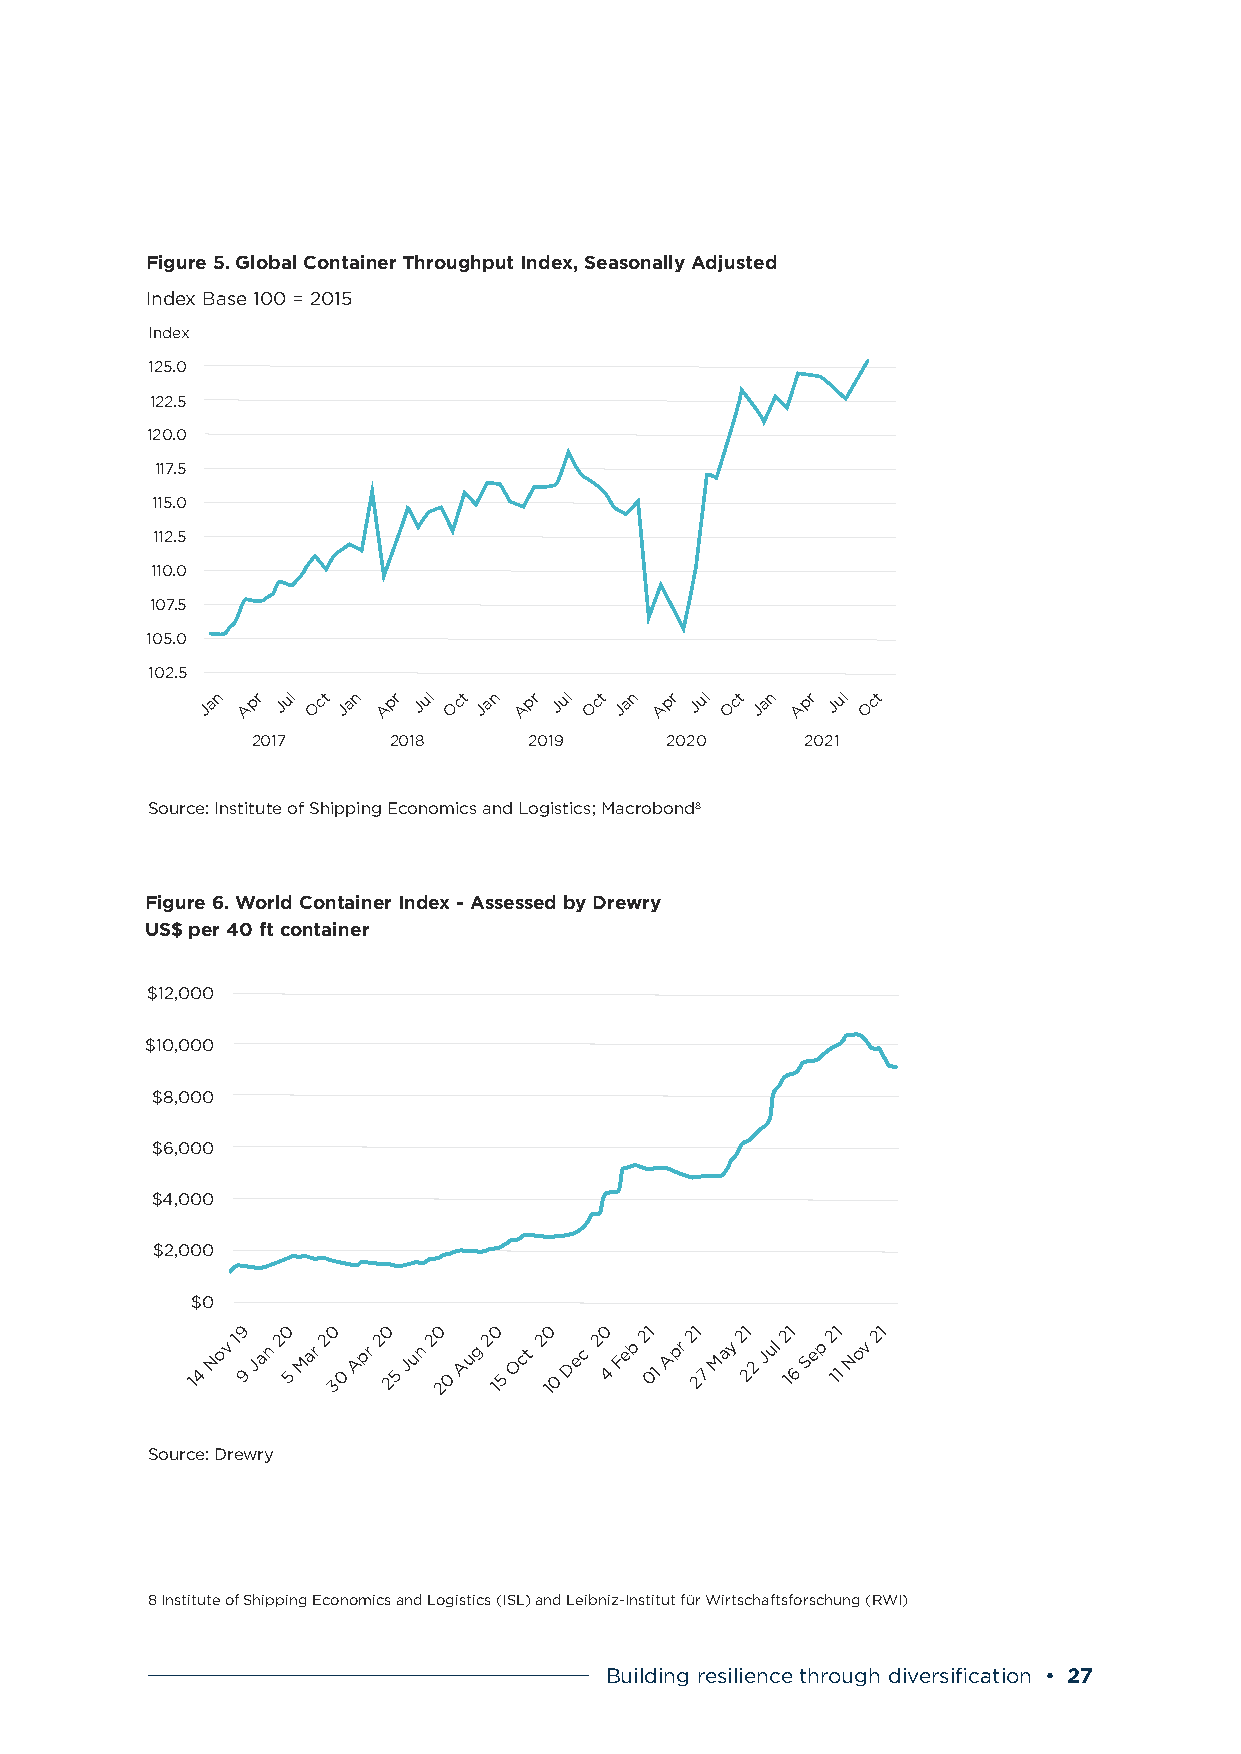
Figure 5. Global Container Throughput Index, Seasonally Adjusted
 Index Base 100 = 2015
 Index                                                                                Index
 125.0                                                                                125.0
 122.5                                                                                122.5
 120.0                                                                               120.0
 117.5                                                                                117.5
 115.0                                                                                115.0
 112.5                                                                                112.5
 110.0                                                                                110.0
 107.5                                                                                107.5
 105.0                                                                               105.0
 102.5                                                                                102.5
 Jan Apr Jul Oct Jan Apr Jul Oct Jan Apr Jul Oct Jan Apr Jul Oct Jan Apr Jul Oct      Jan Apr Jul Oct Jan Apr Jul Oct Jan Apr Jul Oct Jan Apr Jul Oct Jan Apr Jul Oct
 2017     2018     2019     2020     2021                                            2017      2018     2019     2020     2021
 Source: Institute of Shipping Economics and Logistics; Macrobond8
 Figure 6. World Container Index - Assessed by Drewry
 US$ per 40 ft container
 $12,000
 $10,000
 $8,000
 $6,000
 $4,000
 $2,000
 $0
 14
 Nov
 19
 9
 Jan
 20
 5
 Mar
 20
 30
 Apr
 20
 25
 Jun
 20
 20
 Aug
 2 10
 5
 Oct
 2 10
 0
 Dec
 20
 4
 Feb
 21
 01
 Apr
 21
 27
 May
 21
 22
 Jul
 2 11
 6
 Sep
 2 11
 1
 Nov
 21
 Source: Drewry
 8 Institute of Shipping Economics and Logistics (ISL) and Leibniz-Institut für Wirtschaftsforschung (RWI)
 Building resilience through diversification • 27